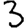
Digit: 3